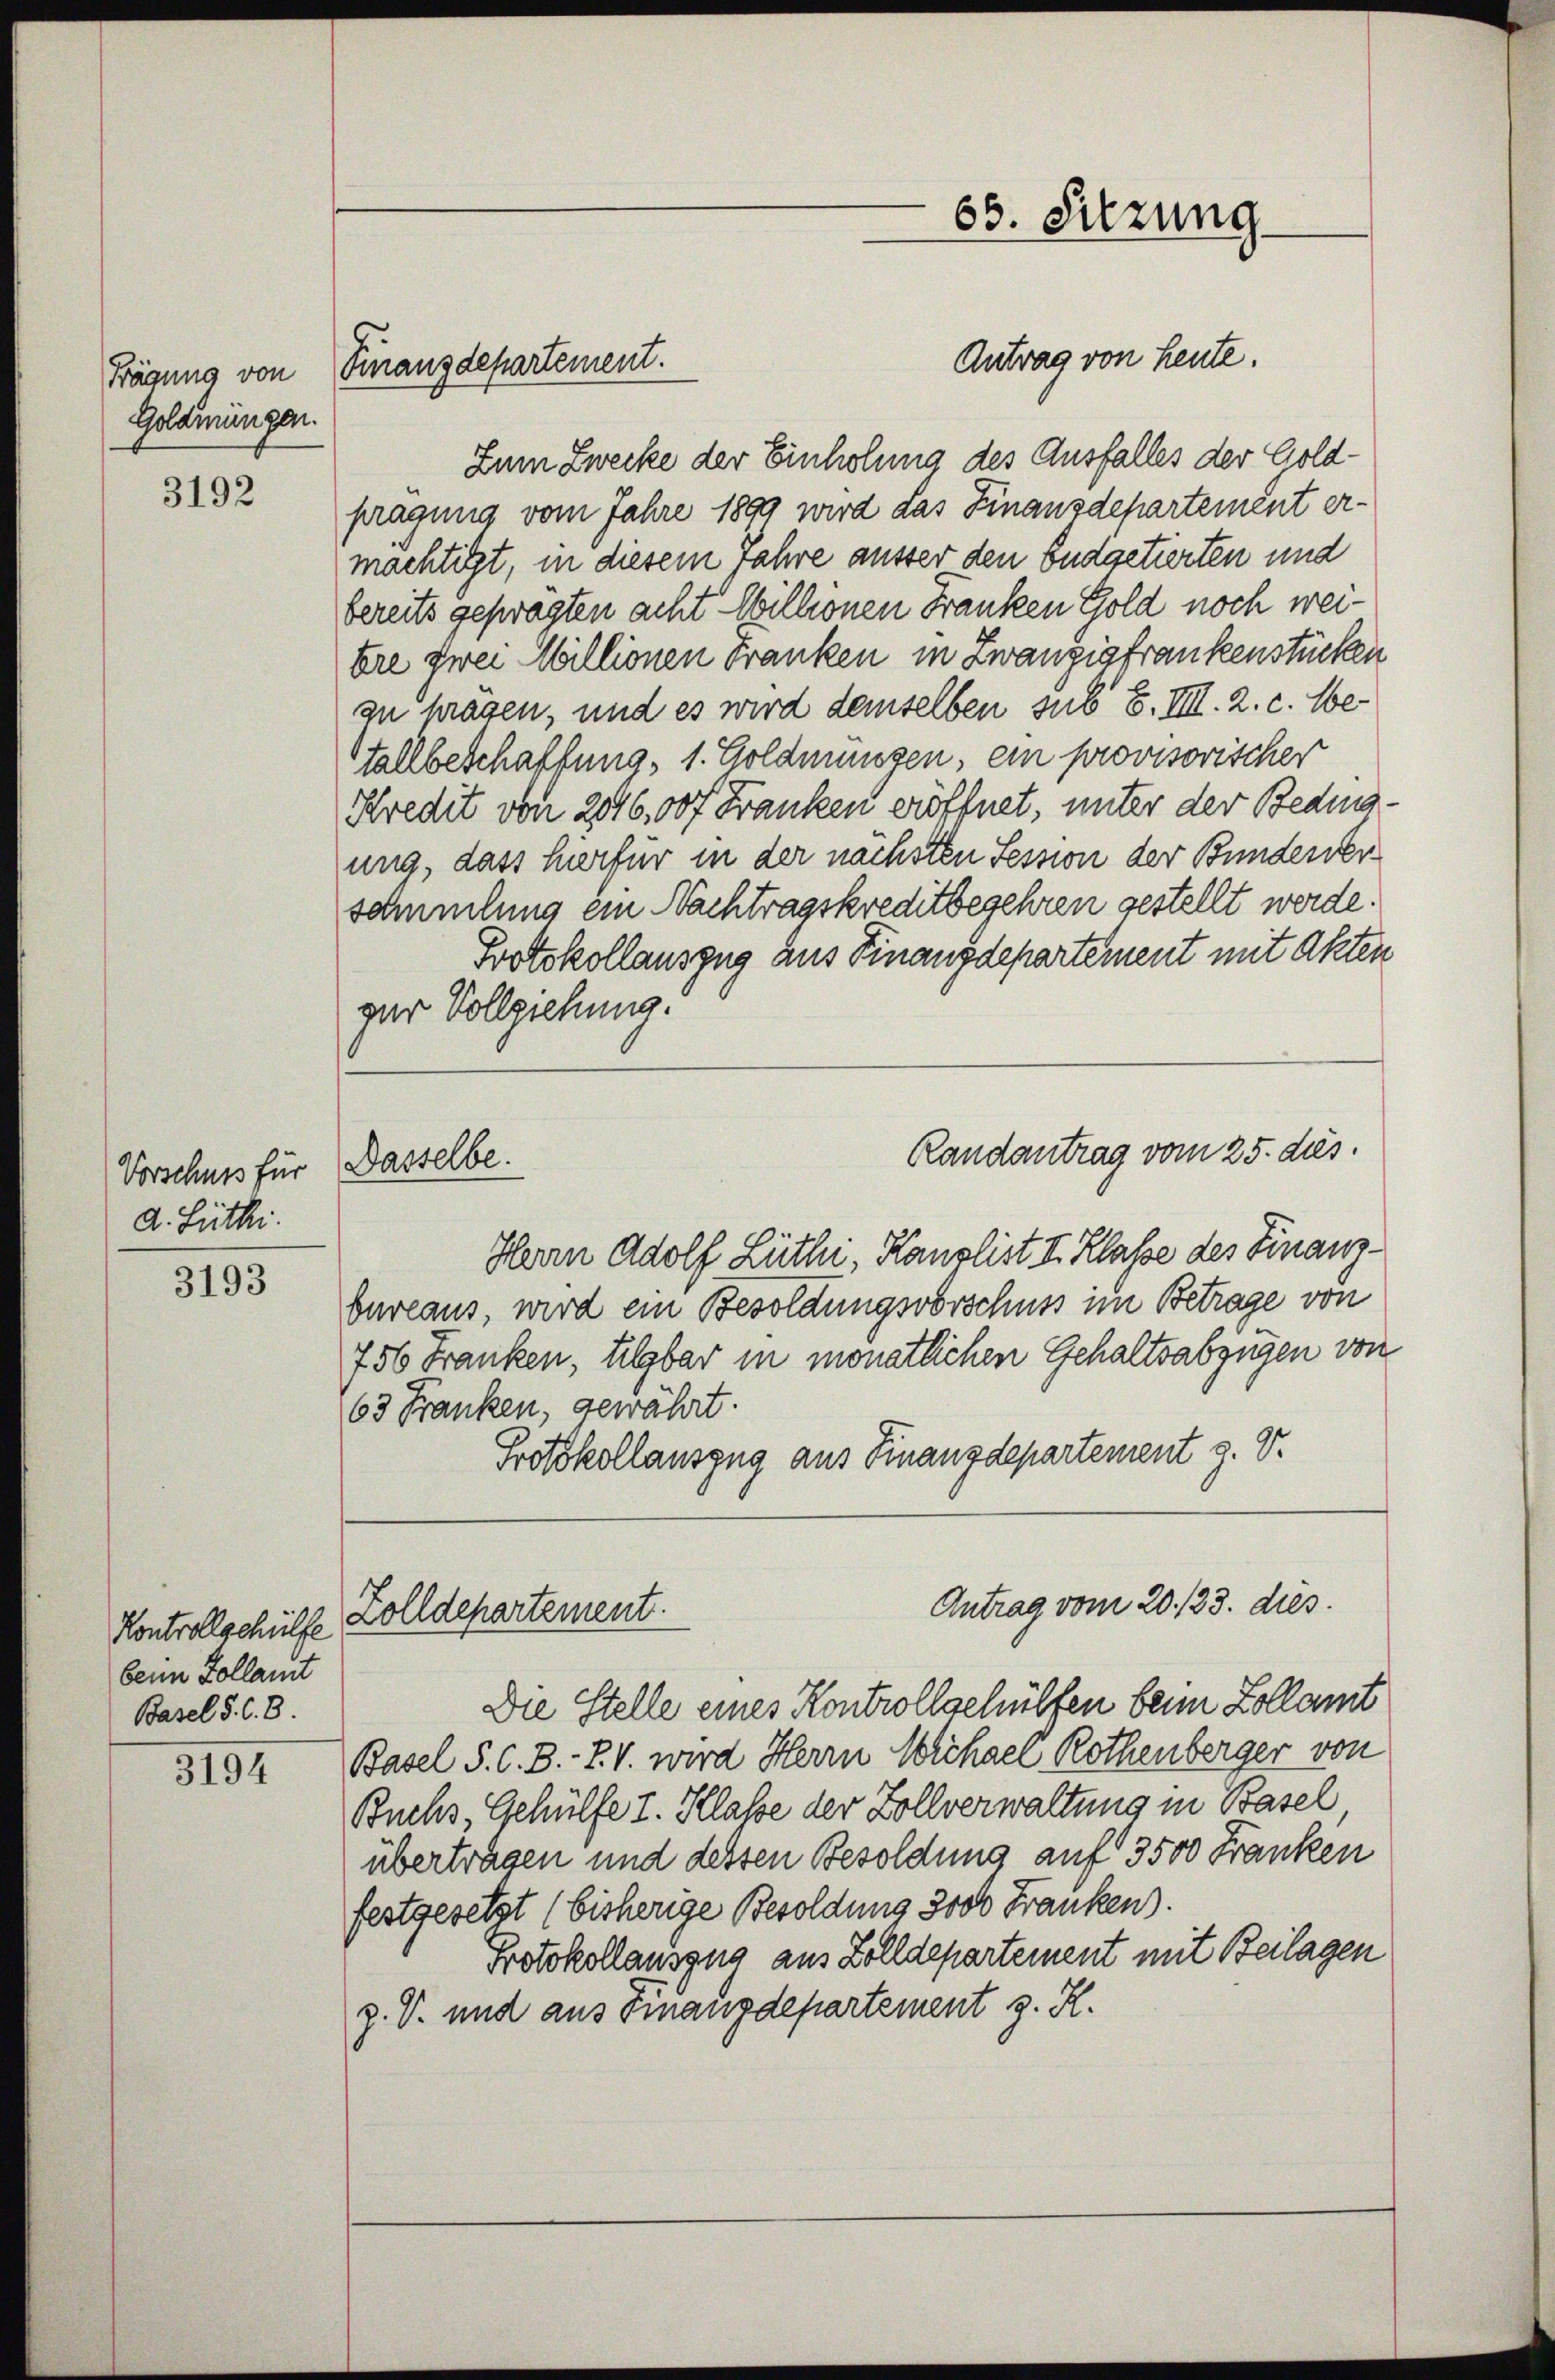
Goldmungen.

3192

Vorschuss für
d. Lüthi

3193

Kontrollgehülfe
beim Kollamt
Basel §. 6. 8.

3194

Antrag von heute.
Zum Zwecke der Einholung des Ausfalles der Goldpragung vom Jahre 1899 wird das Finanzdepartement ermächtigt, in diesem Jahre ausser den Budgetierten und
bereits gefragten acht Willionen Franken Gold noch weitire zwei Millionen Franken in Zwanziafrankenstücken
zu prägen, und es wird demselben sub S. VIII. 2. c. betallbeschaffung, 1. Goldmungen, ein provisorischer
Kredit von 2046,00f Franken eröffnet, unter der Beding-
ung, dass hierfür in der nächsten Session der Bunderer
sammlung ein Nachtragskreditbegehren gestellt werde.
Protokollauszug aus Finanzdepartement mit Akten
gar Vollziehung.
Randantrag vom 25. ds.
Herrn Adolf Lüthi, Kanalist I. Klasse des Finanzbureaus, wird ein Besoldungsvorschuss im Betrage von
750 Franken, tilgbar in monatlichen Gehaltsabzügen von
63 Franken, gewährt.
Protokollauszug aus Finanzdepartement z. V.
Antrag vom 20. 133. dies
Zolldepartement.
Die Stelle eines Kontrollschülfen beim Zollamt
Basel S. C. B. - Z. V. wird Herrn Michael Rothenberger von
Buchs, Gehülfe I. Klasse der Zollverwaltung in Basel
übertragen und dessen Besoldung auf 3500 Franken
festgesetzt (bisherige Besoldung 3000 Franken).
Protokollauszug aus Zolldepartement mit Beilagen
z. V. und aus Finanzdepartement z. R.

Frägung von Finanzdepartement.

Dasselbe.

63. Sitzung.